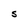
Character: S